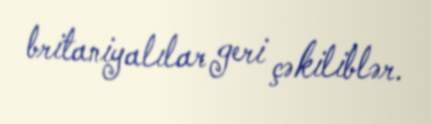
britaniyalılar geri çəkiliblər.